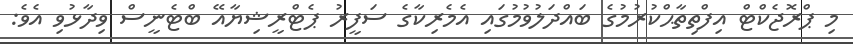
މި ޕްރޮޖެކްޓް އިފްތިތާޙްކުރުމުގެ ބައްދަލުވުމުގައި އެމެރިކާގެ ސަފީރު ޕެޓްރީޝިޔާއޭ ބްޓެނީސް ވިދާޅުވި އެވެ: